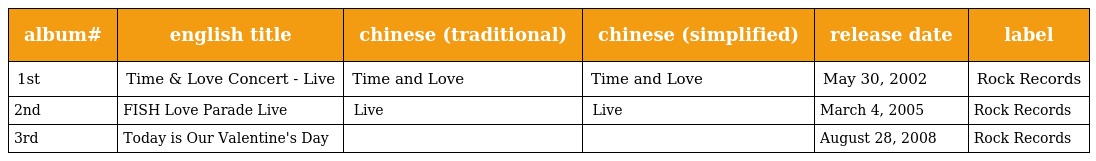
| album# | english title | chinese (traditional) | chinese (simplified) | release date | label |
 | --- | --- | --- | --- | --- | --- |
 | 1st | Time & Love Concert - Live | Time and Love 演唱會全紀錄 | Time and Love 演唱会全纪录 | May 30, 2002 | Rock Records |
 | 2nd | FISH Love Parade Live | 愛的大遊行 Live全記錄 | 爱的大游行 Live全记录 | March 4, 2005 | Rock Records |
 | 3rd | Today is Our Valentine's Day | 今天情人節 | 今天情人节 | August 28, 2008 | Rock Records |